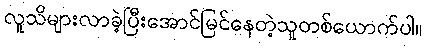
လူသိများလာခဲ့ပြီးအောင်မြင်နေတဲ့သူတစ်ယောက်ပါ။